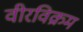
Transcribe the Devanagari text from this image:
वीरविक्रम